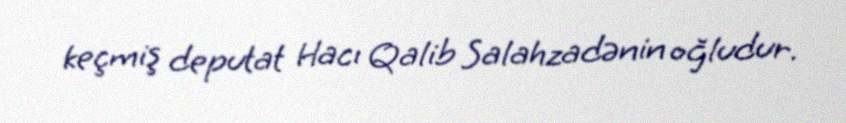
keçmiş deputat Hacı Qalib Salahzadənin oğludur.